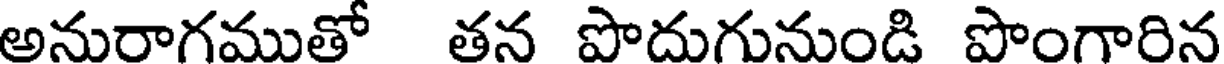
అనురాగముతో తన పొదుగునుండి పొంగారిన